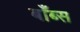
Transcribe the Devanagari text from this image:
बाँब्स